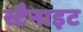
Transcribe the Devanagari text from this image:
स्टैनाइट